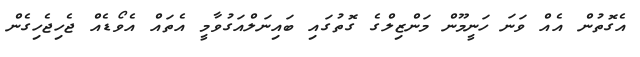
އެގޮތުން އެއް ވަނަ ހަނީމޫން މަންޒިލްގެ ގޮތުގައި ބައިނަލްއަގުވާމީ އެތައް އެވޯޑެއް ޖެހިޖެހިގެން